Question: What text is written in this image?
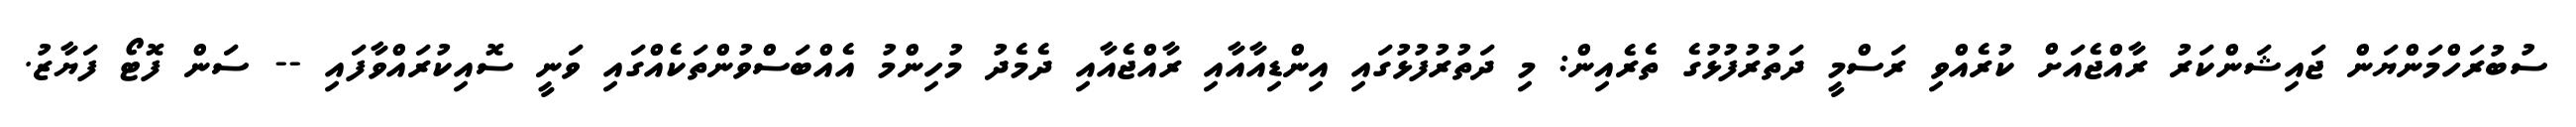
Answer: ސުބުރަހްމަންޔަން ޖައިޝަންކަރު ރާއްޖެއަށް ކުރެއްވި ރަސްމީ ދަތުރުފުޅުގެ ތެރެއިން: މި ދަތުރުފުޅުގައި އިންޑިއާއާއި ރާއްޖެއާއި ދެމެދު މުހިންމު އެއްބަސްވުންތަކެއްގައި ވަނީ ސޮއިކުރައްވާފައި -- ސަން ފޮޓޯ ފަޔާޒު.